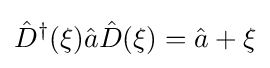
{\hat {D}}^{\dagger }(\xi ){\hat {a}}{\hat {D}}(\xi )={\hat {a}}+\xi